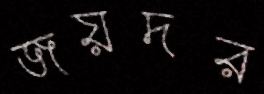
জয়দর